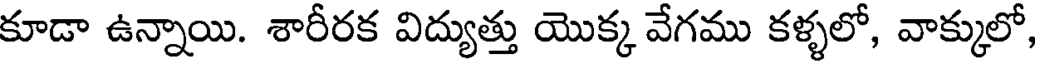
కూడా ఉన్నాయి. శారీరక విద్యుత్తు యొక్క వేగము కళ్ళలో, వాక్కులో,